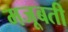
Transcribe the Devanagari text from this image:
मजूबती